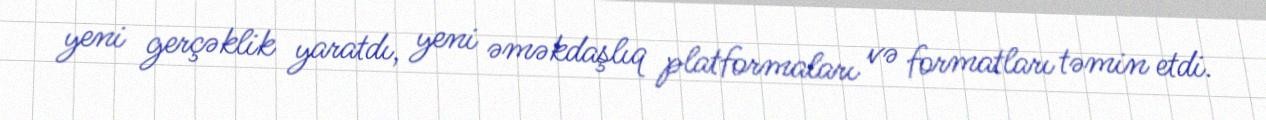
yeni gerçəklik yaratdı, yeni əməkdaşlıq platformaları və formatları təmin etdi.